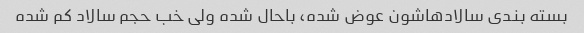
بسته بندی سالادهاشون عوض شده، باحال شده ولی خب حجم سالاد کم شده